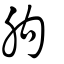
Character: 朐